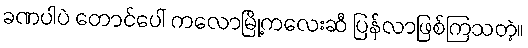
ခဏပါပဲ တောင်ပေါ် ကလောမြို့ကလေးဆီ ပြန်လာဖြစ်ကြသတဲ့။